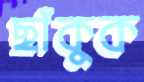
ছাঁকুক